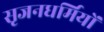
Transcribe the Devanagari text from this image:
सृजनधर्मियों